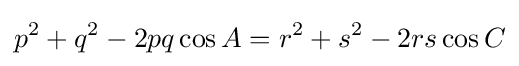
p^{2}+q^{2}-2pq\cos A=r^{2}+s^{2}-2rs\cos C